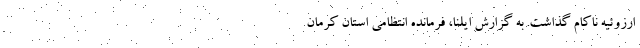
اُرزوئیه ناکام گذاشت. به گزارش ایلنا، فرمانده انتظامی استان کرمان